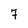
Character: 7